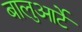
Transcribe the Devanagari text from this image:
बालुआर्टे